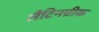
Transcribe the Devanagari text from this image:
लैटिनग्रीक